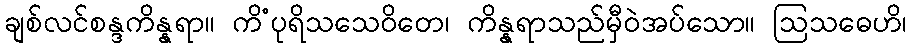
ချစ်လင်စန္ဒကိန္နရာ။ ကိံပုရိသသေဝိတေ၊ ကိန္နရာသည်မှီဝဲအပ်သော။ ဩသဓေဟိ၊